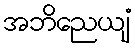
အဘိညေယျံ